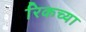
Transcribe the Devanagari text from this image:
रिकच्या